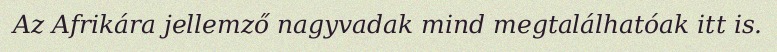
Az Afrikára jellemző nagyvadak mind megtalálhatóak itt is.